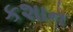
કશાન